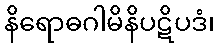
နိရောဓဂါမိနိပဋိပဒံ၊